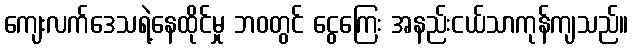
ကျေးလက်ဒေသရဲ့နေထိုင်မှု ဘဝတွင် ငွေကြေး အနည်းငယ်သာကုန်ကျသည်။